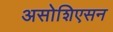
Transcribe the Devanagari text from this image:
असोशिएसन